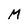
Character: M